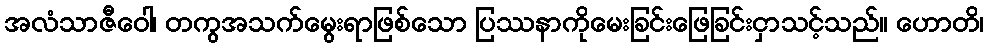
အလံသာဇီဝေါ၊ တကွအသက်မွေးရာဖြစ်သော ပြဿနာကိုမေးခြင်းဖြေခြင်းငှာသင့်သည်။ ဟောတိ၊